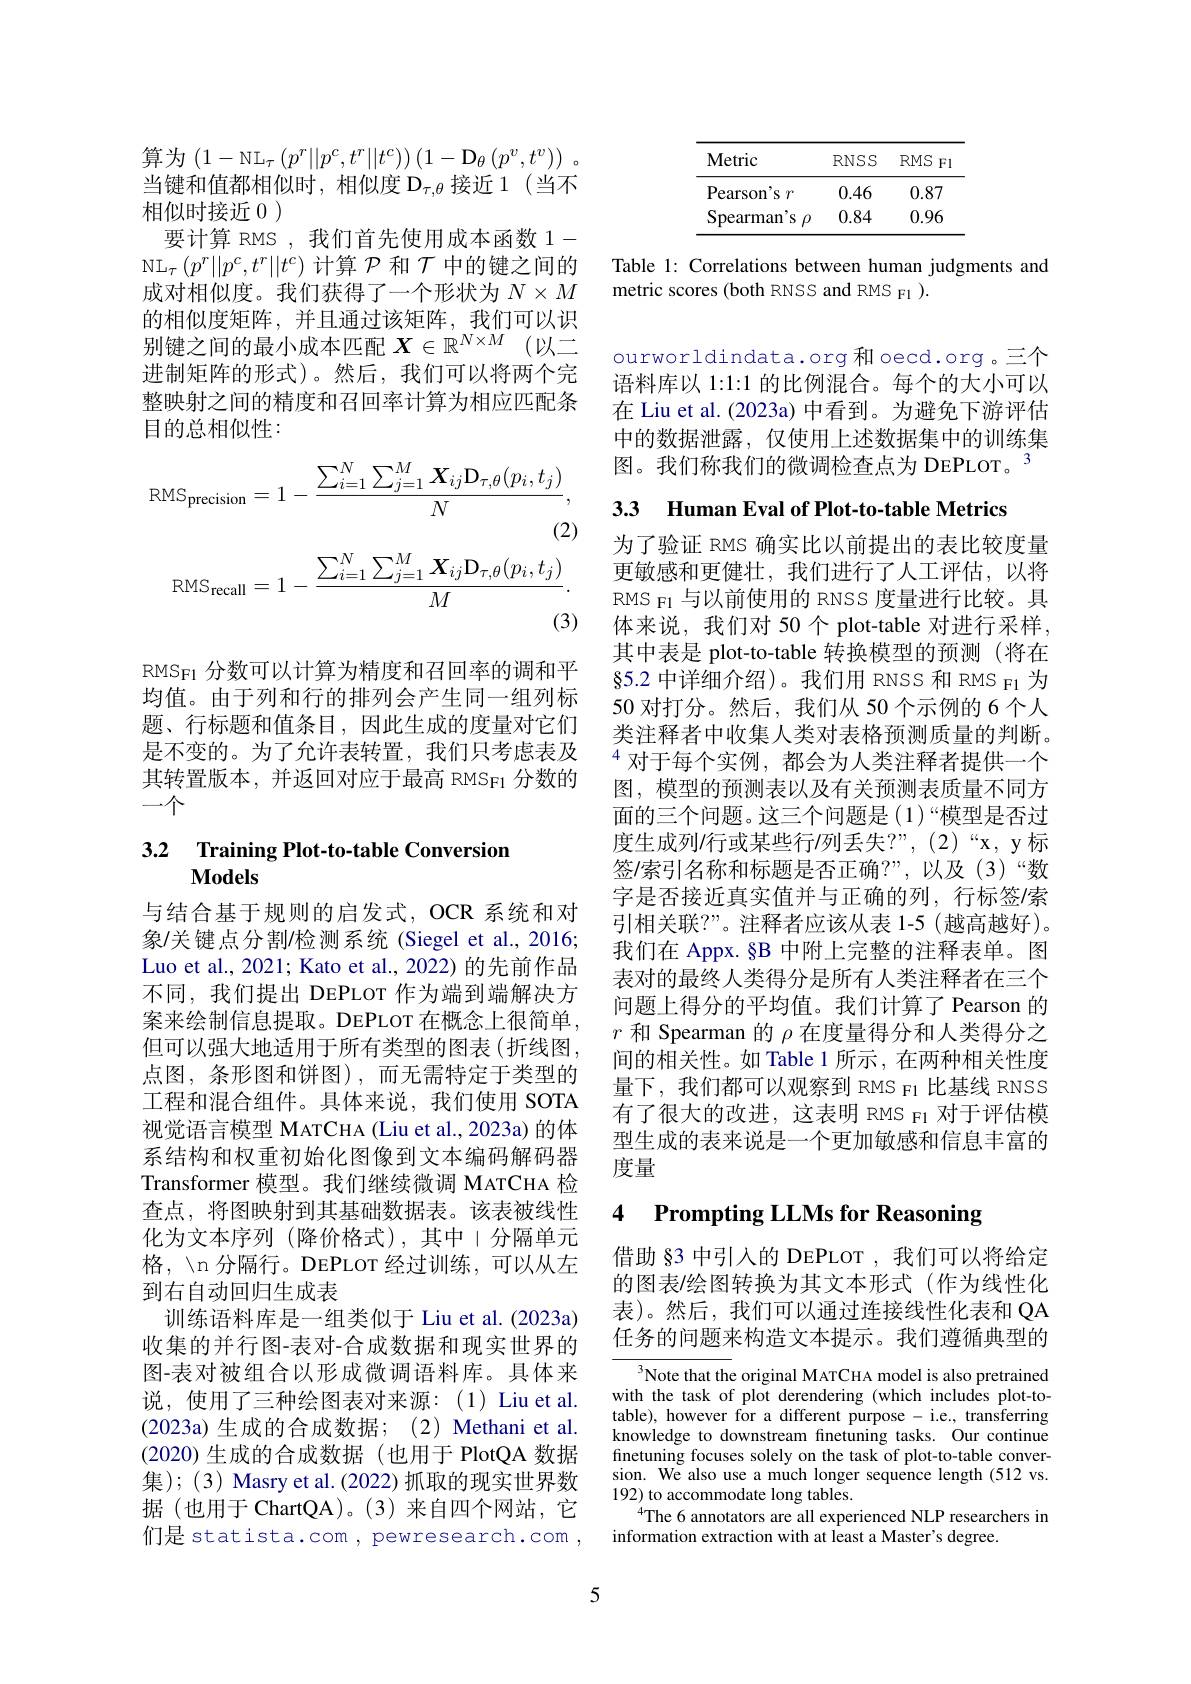
算为$\left(1-\mathrm{NL}_{\tau}\left(p^{r}||p^{c},t^{r}||t^{c}\right)\right)\left(1-\mathrm{D}_{\theta}\left(p^{v},t^{v}\right)\right).$ 当键和值都相似时，相似度$\mathcal{D}_\tau,\theta$接近 1(当不相似时接近0 )
要计算 RMS ,我们首先使用成本函数 1- $\mathrm{NL}_{\tau}\left(p^{r}||p^{c},t^{r}||t^{c}\right)$计算$\mathcal{P}$和$\mathcal{T}$中的键之间的成对相似度。我们获得了一个形状为$N\times M$ 的相似度矩阵，并且通过该矩阵，我们可以识别键之间的最小成本匹配 $X\in \mathbb{R} ^{N\times M}$ (以二进制矩阵的形式)。然后，我们可以将两个完整映射之间的精度和召回率计算为相应匹配条目的总相似性：
$$\mathrm{RMS}_{\mathrm{precision}}=1-\frac{\sum_{i=1}^{N}\sum_{j=1}^{M}X_{ij}\mathrm{D}_{\tau,\theta}(p_{i},t_{j})}{N},\\\text{(2)}\\\mathrm{RMS}_{\mathrm{recall}}=1-\frac{\sum_{i=1}^{N}\sum_{j=1}^{M}X_{ij}\mathrm{D}_{\tau,\theta}(p_{i},t_{j})}{M}.$$
RMSF1 分数可以计算为精度和召回率的调和平均值。由于列和行的排列会产生同一组列标题、行标题和值条目，因此生成的度量对它们是不变的。为了允许表转置，我们只考虑表及其转置版本，并返回对应于最高 RMSF1 分数的一个

# 3.2 Training Plot-to-table Conversion $\mathbf{Models}$

与结合基于规则的启发式，OCR系统和对象$l$关键点分割/检测系统(Siegel et al., 2016; Luo et al., 2021; Kato et al., 2022) 的先前作品不同，我们提出 DEPLOT 作为端到端解决方案来绘制信息提取。DEPLOT 在概念上很简单， 但可以强大地适用于所有类型的图表(折线图， 点图，条形图和饼图),而无需特定于类型的工程和混合组件。具体来说，我们使用 SOTA 视觉语言模型 MATCHA (Liu et al., 2023a) 的体系结构和权重初始化图像到文本编码解码器Transformer 模型。我们继续微调 MATCHA 检查点，将图映射到其基础数据表。该表被线性化为文本序列(降价格式),其中|分隔单元格，\n 分隔行。DEPLOT 经过训练，可以从左到右自动回归生成表
训练语料库是一组类似于 Liu et al.(2023a) 收集的并行图-表对-合成数据和现实世界的图-表对被组合以形成微调语料库。具体来说，使用了三种绘图表对来源：(1) Liu et al. (2023a)生成的合成数据；(2)Methani et al. (2020)生成的合成数据(也用于 PlotQA 数据集); (3) Masry et al. (2022) 抓取的现实世界数据(也用于 ChartQA)。(3)来自四个网站，它们是statista.com, pewresearch.com ,

<table>
	<tbody>
		<tr>
			<th>Metric</th>
			<th>RNSS</th>
			<th>$RMS$ $F$</th>
		</tr>
		<tr>
			<td>Pearso$n^{\prime }$s $r$</td>
			<td>0.46</td>
			<td>0.87</td>
		</tr>
		<tr>
			<td>Spearman S</td>
			<td>0.84</td>
			<td>0.96</td>
		</tr>
	</tbody>
</table>

Table 1: Correlations between human judgments and
metric scores (both RNSS and RMS Fl ).

ourworldindata.org 和oecd.org。三个语料库以 1:1:1 的比例混合。每个的大小可以在 Liu et al. (2023a) 中看到。为避免下游评估中的数据泄露，仅使用上述数据集中的训练集图。我们称我们的微调检查点为 DEPLOT。3

3.3 Human Eval of Plot-to-table Metrics

为了验证 RMS 确实比以前提出的表比较度量更敏感和更健壮，我们进行了人工评估，以将RMS F1 与以前使用的 RNSS 度量进行比较。具体来说，我们对 50 个 plot-table 对进行采样其中表是 plot-to-table 转换模型的预测(将在§5.2 中详细介绍)。我们用 RNSS 和 RMS F1 为50 对打分。然后，我们从 50 个示例的 6 个人类注释者中收集人类对表格预测质量的判断。$^{4}$对于每个实例，都会为人类注释者提供一个图，模型的预测表以及有关预测表质量不同方面的三个问题。这三个问题是(1)“模型是否过度生成列/行或某些行/列丢失？”,(2)“x,y 标签/索引名称和标题是否正确？”,以及(3)“数字是否接近真实值并与正确的列，行标签/索引相关联？”。注释者应该从表 1-5 (越高越好)。我们在 Appx. §B 中附上完整的注释表单。图表对的最终人类得分是所有人类注释者在三个问题上得分的平均值。我们计算了 Pearson 的$r$ 和 Spearman 的 $\rho$在度量得分和人类得分之间的相关性。如 Table 1 所示 ,在两种相关性度量下，我们都可以观察到 RMS F1 比基线 RNSS 有了很大的改进，这表明 RMS F1 对于评估模型生成的表来说是一个更加敏感和信息丰富的度量

### 4 Prompting LLMs for Reasoning

借助§3 中引入的 DEPLOT ,我们可以将给定的图表$\prime$绘图转换为其文本形式(作为线性化表)。然后，我们可以通过连接线性化表和 QA 任务的问题来构造文本提示。我们遵循典型的

${^{3}\text{Note that the original MATCHA model is also pretrained}}$ with the task of plot derendering (which includes plot-totable), however for a different purpose- i.e., transferring knowledge to downstream finetuning tasks. Our continue finetuning focuses solely on the task of plot-to-table conversion. We also use a much longer sequence length (512 vs. 192) to accommodate long tables.
$^{4}$The 6 annotators are all experienced NLP researchers in
information extraction with at least a Master's degree.

5